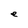
Character: e